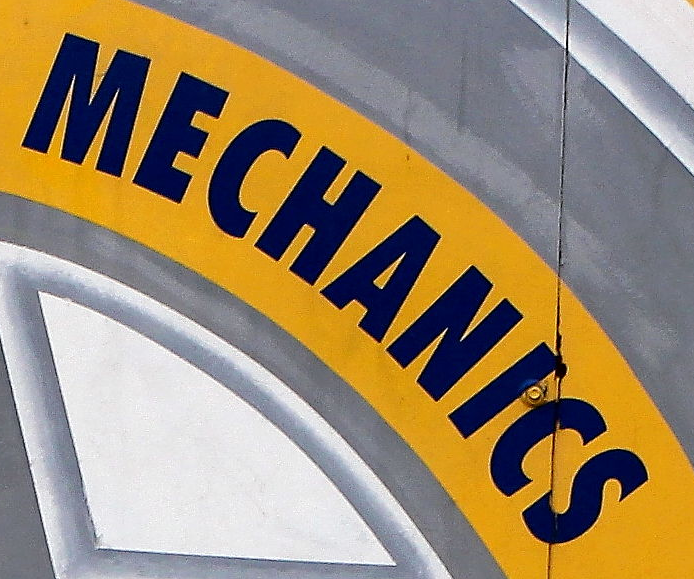
MECHANICS